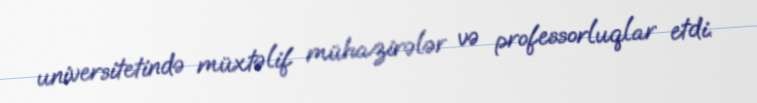
universitetində müxtəlif mühazirələr və professorluqlar etdi.